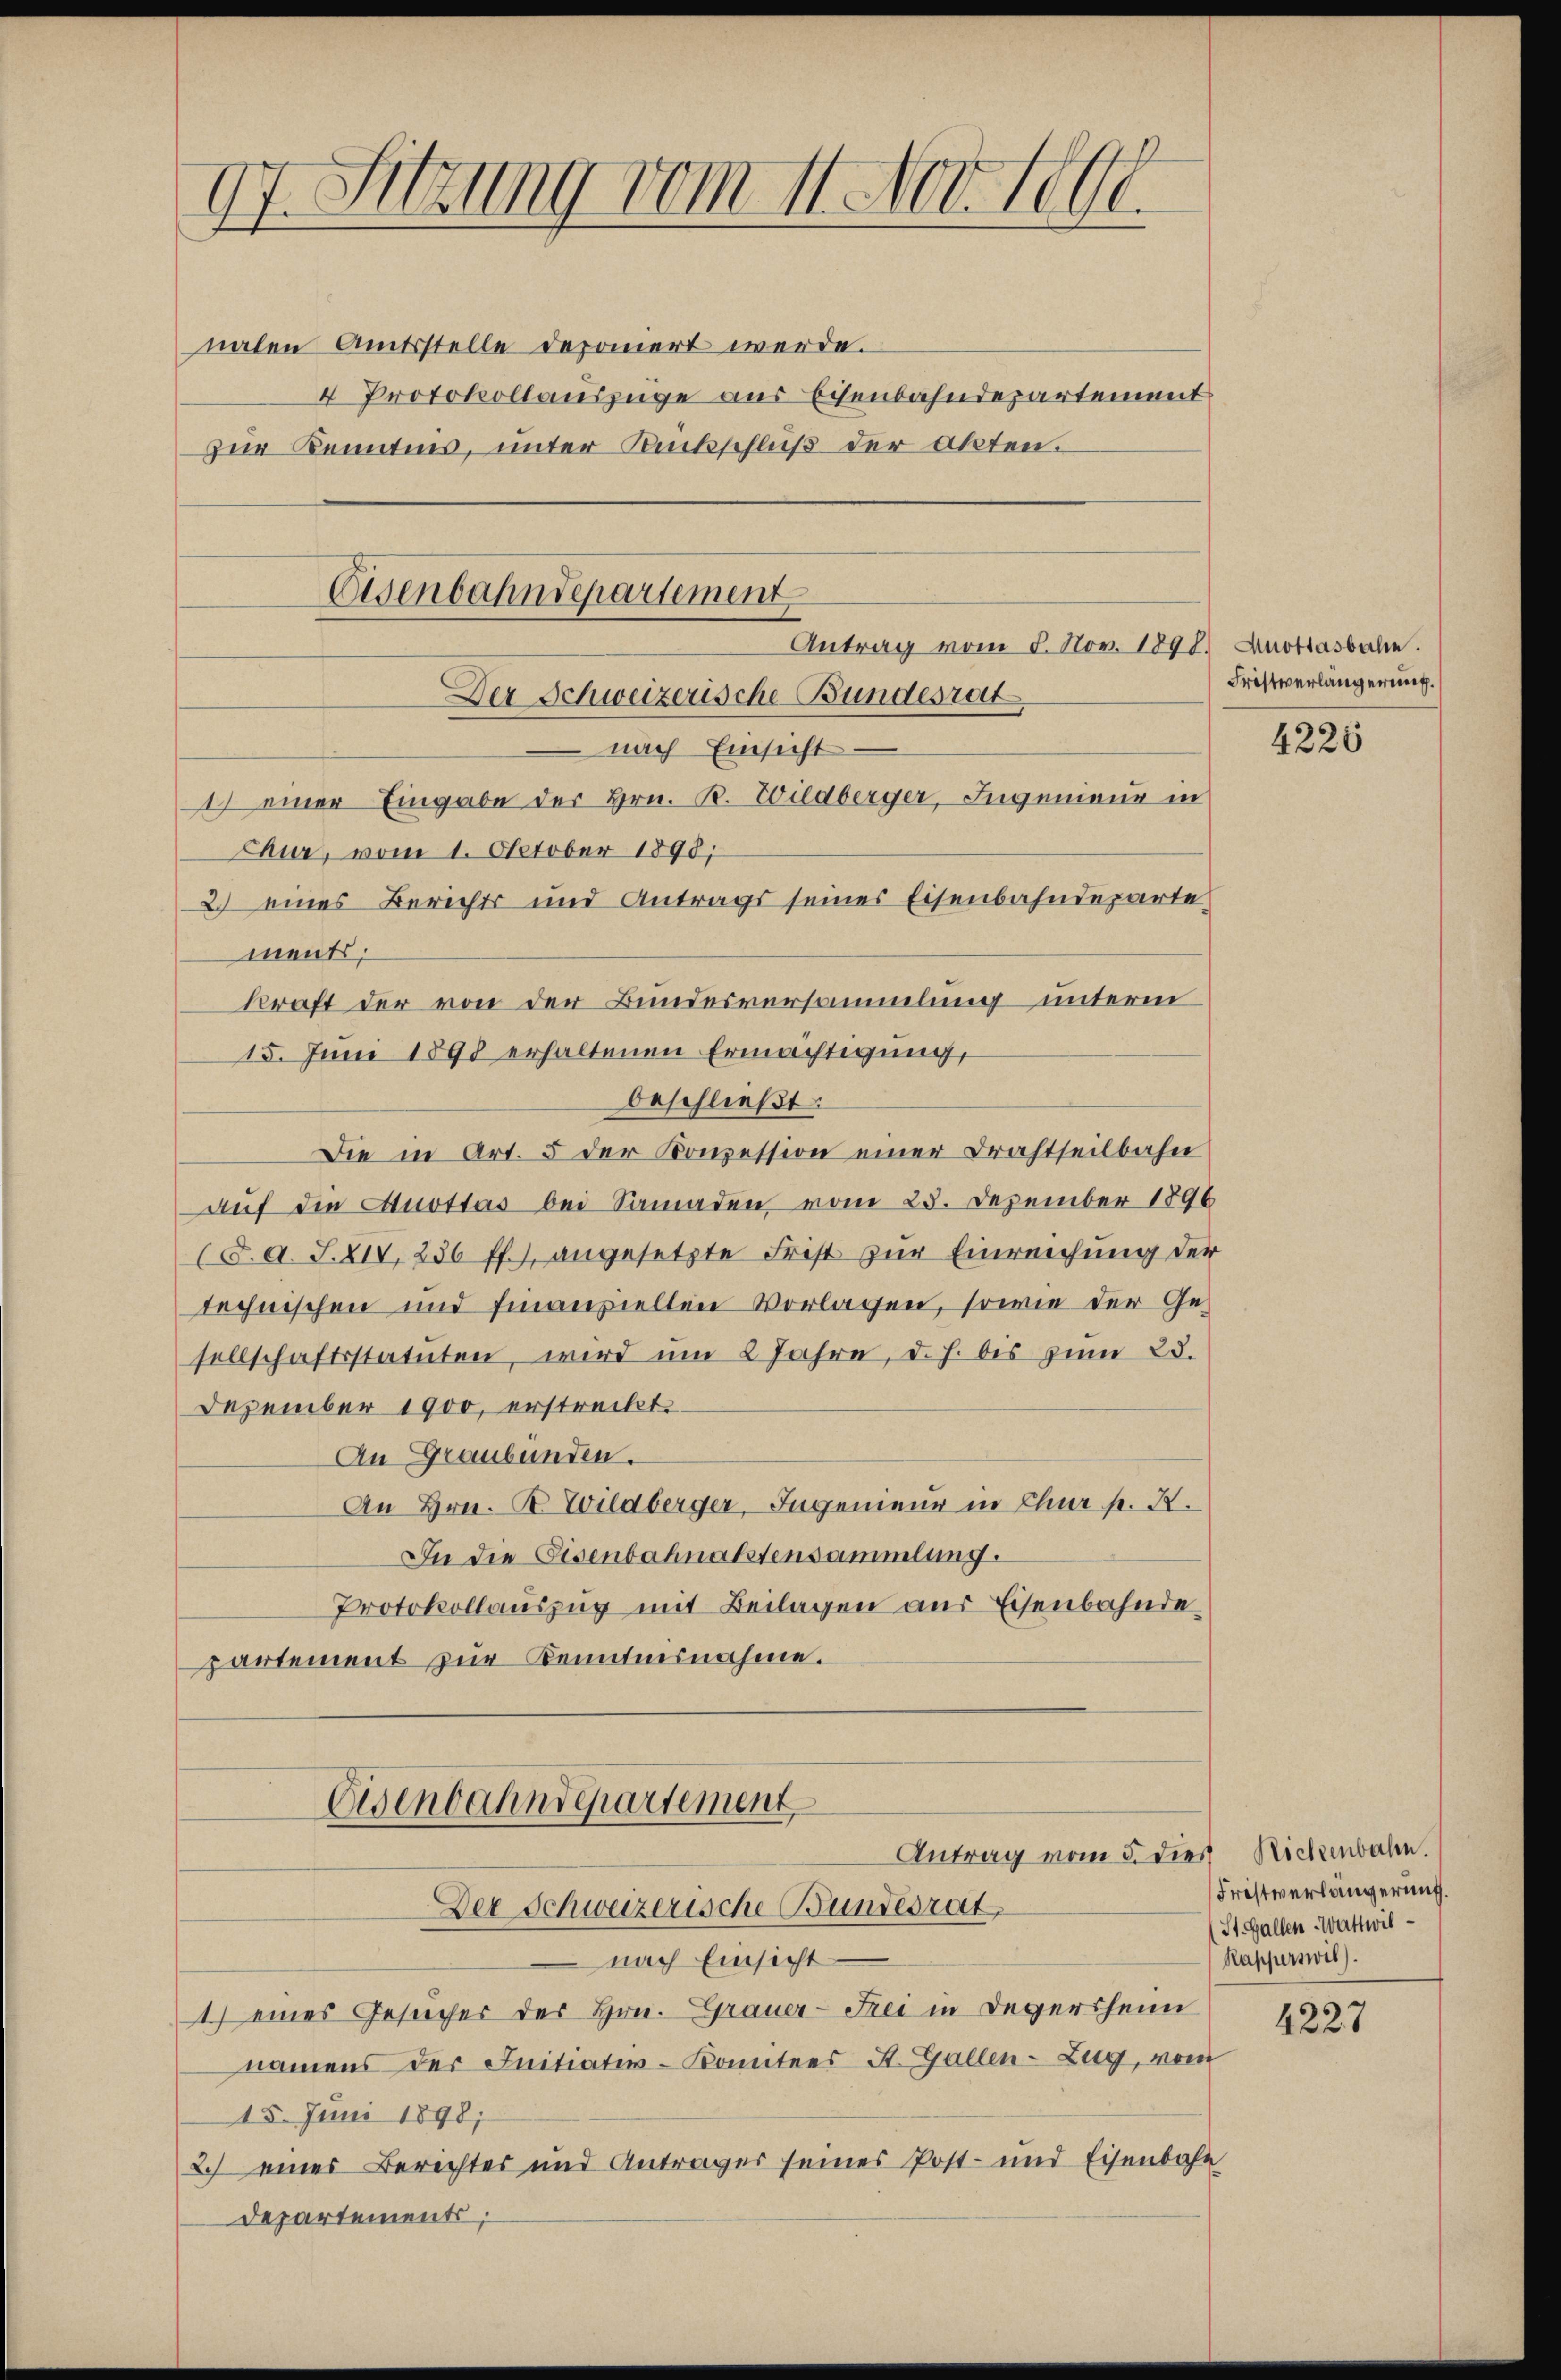
97. Sitzung vom 11. Novell.

nalen Amtsstelle deponiert werde.
4 Protokollauszüge aus Echenbahndepartement
zur Kenntnis, unter Rückschluß der Akten.

Eisenbahndepartement
Antrag vom 8. Nov. 1898 Auottasbale.
Der Schweizerische-Bundesrat

nach Einsicht
1) einer Eingabe der Hrn. R. Wildberger, Ingenieur in
Chur, vom 1. October 1890;
2.) eines Berichts und Antrags seines Eisenbahndeparte
ments;
kraft der von der Bundesversammlung unterm
15. Juni 1898 erhaltenen Ermächtigung,
beschließt:
Die in Art. 5 der Konzession einer Drahtseilbahn
auf die Auottas bei Samaden, vom 25. Dezember 1896
(d. d. J. XIV, 236 ff.) angesetzte Frist zŭr Einreichung der
technischen und finanziellen Vorlagen, sowie der Ge-
sellschaftsstatuten, wird um 2 Jahre, d. h. bis zum 23.
Dezember 1900, erstreckt.
An Graubünden.
An Hrn. B. Wildberger, Ingenieur in Chur p. X.
In die Eisenbahnalstensammlung.
Protokollauszug mit Beilagen aus Eisenbahnde
partement zur Kenntnisnahme.

nach Einsicht
1) eines Gesucher der Hrn. Grauer-Frei in Deversheim
namens der Initiativ-Konntees St. Gallen-Zug, vom
15. Juni 1898;
2.) eines Berichtes und Anträger seines Post- und Eisenbahn
Departements;

Eisenbahndepartement
Antrag vom 5. dies Richenbahn.
Der Schweizerische Bundesrat,

Fristverlängerung.

4225

Fristverlängerung.
St. Gallen-Wattwil¬
Rapperswil).

4227